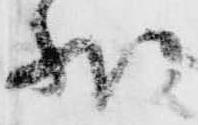
状